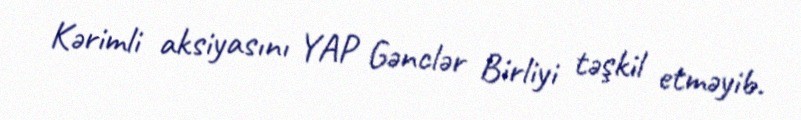
Kərimli aksiyasını YAP Gənclər Birliyi təşkil etməyib.